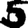
Digit: 5